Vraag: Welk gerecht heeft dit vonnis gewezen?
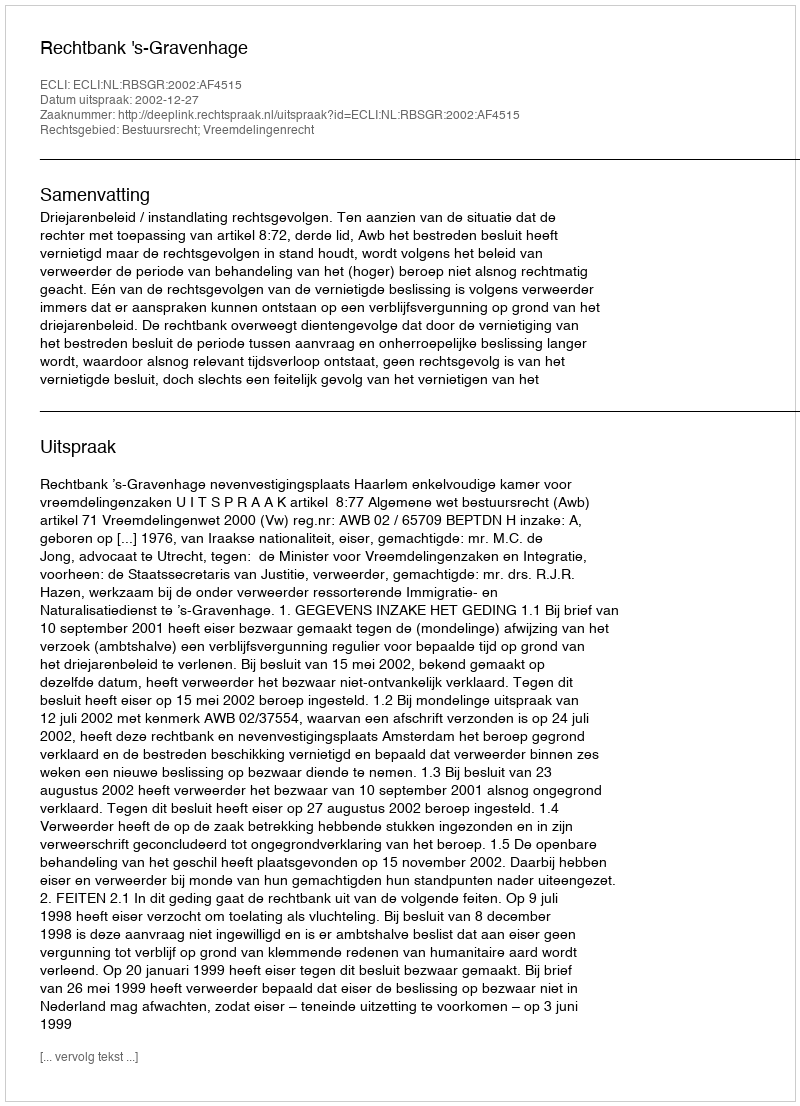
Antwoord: Rechtbank 's-Gravenhage